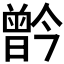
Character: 𪱗